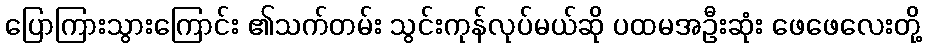
ပြောကြားသွားကြောင်း ၏သက်တမ်း သွင်းကုန်လုပ်မယ်ဆို ပထမအဦးဆုံး ဖေဖေလေးတို့